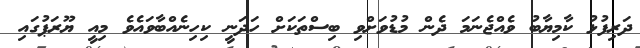
ދަރިފުޅު ކާމިޔާބު ވެއްޖެނަމަ ދެން މުޑުވަށްވި ބިސްތަކަށް ހަދަނީ ކިހިނެއްބާވައެވެ މިއީ ޔޫރަޕުގައި